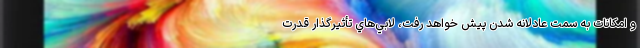
و امكانات به سمت عادلانه شدن پيش خواهد رفت، لابي‌هاي تأثير‌گذار قدرت